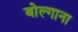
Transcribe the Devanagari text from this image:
बोल्गाना